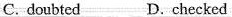
C. doubted D.checked